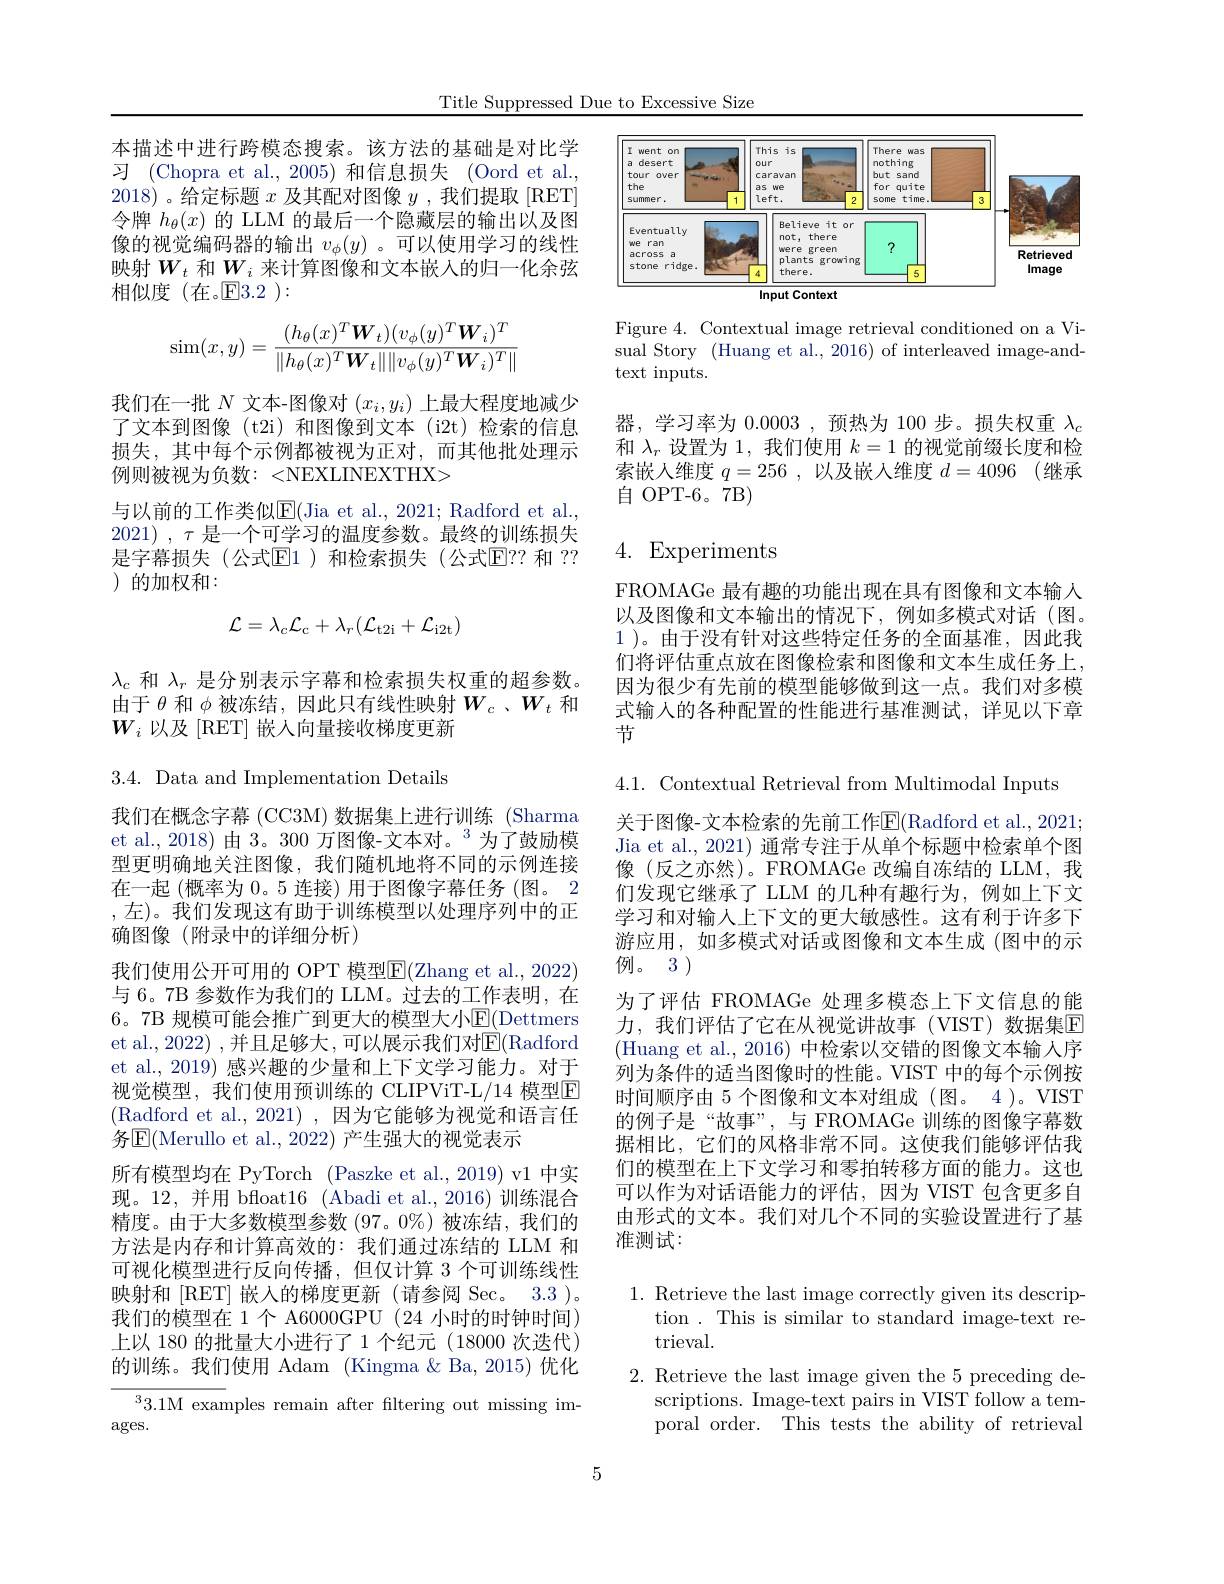
Title Suppressed Due to Excessive Size

本描述中进行跨模态搜索。该方法的基础是对比学习 (Chopra et al., 2005) 和信息损失 (Oord et al., 2018) 。给定标题$x$及其配对图像$y$ ,我们提取 [RET] 令牌$h_\theta(x)$的 LLM 的最后一个隐藏层的输出以及图像的视觉编码器的输出$v_\phi(y)$ 。可以使用学习的线性映射$W_t$和$W_i$来计算图像和文本嵌人的归一化余弦相似度(在。$\mathbb{E}3.2):$
$$\sin(x,y)=\frac{(h_\theta(x)^T\boldsymbol{W}_t)(v_\phi(y)^T\boldsymbol{W}_i)^T}{\|h_\theta(x)^T\boldsymbol{W}_t\|\|v_\phi(y)^T\boldsymbol{W}_i)^T\|}$$
我们在一批$N$文本-图像对$(x_i,y_i)$上最大程度地减少了文本到图像 (t2i)和图像到文本 (i2t)检索的信息损失，其中每个示例都被视为正对，而其他批处理示例则被视为负数：<NEXLINEXTHX>
与以前的工作类似$\mathbb{E}($Jia et al., 2021; Radford et al. 2021) , $\tau$是一个可学习的温度参数。最终的训练损失是字幕损失(公式$\mathbb{E}$1)和检索损失(公式$\mathbb{E}??$ 和 ?? ) 的加权和：
$$\mathcal{L}=\lambda_{c}\mathcal{L}_{\mathrm{c}}+\lambda_{r}(\mathcal{L}_{\mathrm{t2i}}+\mathcal{L}_{\mathrm{i2t}})$$
$\lambda_c$和$\lambda_r$是分别表示字幕和检索损失权重的超参数。由于$\theta$和$\phi$被冻结，因此只有线性映射$W_c$ 、$W_t$和$W_i$以及 [RET] 嵌人向量接收梯度更新

3.4. Data and Implementation Details
我们在概念字幕 (CC3M) 数据集上进行训练 (Sharma et al.,2018) 由 3。300 万图像-文本对。$^{3}$为了鼓励模型更明确地关注图像，我们随机地将不同的示例连接在一起 (概率为0。5 连接) 用于图像字幕任务 (图。2 ,左)。我们发现这有助于训练模型以处理序列中的正确图像(附录中的详细分析)
我们使用公开可用的 OPT 模型$\overline{\mathrm{E}}($Zhang et al., 2022) 与 6。7B 参数作为我们的 LLM。过去的工作表明，在6。7B 规模可能会推广到更大的模型大小$\mathbb{E}($Dettmers et al., 2022) , 并且足够大，可以展示我们对$\overline{\mathbb{E}}($Radford et al., 2019) 感兴趣的少量和上下文学习能力。对于视觉模型，我们使用预训练的 CLIPViT-L/14 模型E (Radford et al.,2021),因为它能够为视觉和语言任务$\mathbb{E}($Merullo et al., 2022) 产生强大的视觉表示
所有模型均在 PyTorch (Paszke et al.,2019) v1 中实现。12,并用 bfloat16 (Abadi et al.,2016)训练混合精度。由于大多数模型参数(97。0%)被冻结，我们的方法是内存和计算高效的：我们通过冻结的 LLM 和可视化模型进行反向传播，但仅计算 3 个可训练线性映射和[RET] 嵌入的梯度更新(请参阅 Sec。3.3)。我们的模型在 1 个 A6000GPU (24 小时的时钟时间) 上以 180 的批量大小进行了 1 个纪元 (18000 次迭代) 的训练。我们使用 Adam (Kingma &Ba,2015)优化
$^33.1$M examples remain after filtering out missing im-

$\operatorname{ages.}$

<FigureHere>

Figure 4. Contextual image retrieval conditioned on a Visual Story (Huang et al., 2016) of interleaved image-andtext inputs.

器，学习率为0.0003 ,预热为 100 步。损失权重$\lambda_c$ 和$\lambda_r$设置为 1, 我们使用$k=1$的视觉前缀长度和检索嵌入维度$q= 256$ ,以及嵌人维度$d= 4096$ (继承自 OPT-6。7B)

# 4. Experiments

FROMAGe 最有趣的功能出现在具有图像和文本输人以及图像和文本输出的情况下，例如多模式对话(图。1 )。由于没有针对这些特定任务的全面基准，因此我们将评估重点放在图像检索和图像和文本生成任务上， 因为很少有先前的模型能够做到这一点。我们对多模式输人的各种配置的性能进行基准测试，详见以下章节

4.1. Contextual Retrieval from Multimodal Inputs

关于图像-文本检索的先前工作$\mathbb{E}($Radford et al., 2021; Jia et al., 2021) 通常专注于从单个标题中检索单个图像(反之亦然)。FROMAGe 改编自冻结的 LLM, 我们发现它继承了 LLM 的几种有趣行为，例如上下文学习和对输人上下文的更大敏感性。这有利于许多下游应用，如多模式对话或图像和文本生成(图中的示例。3)
为了评估 FROMAGe 处理多模态上下文信息的能力，我们评估了它在从视觉讲故事(VIST)数据集E (Huang et al.,2016) 中检索以交错的图像文本输人序列为条件的适当图像时的性能。VIST 中的每个示例按时间顺序由 5 个图像和文本对组成 (图。4 )。VIST 的例子是“故事”,与 FROMAGe 训练的图像字幕数据相比，它们的风格非常不同。这使我们能够评估我们的模型在上下文学习和零拍转移方面的能力。这也可以作为对话语能力的评估，因为 VIST 包含更多自由形式的文本。我们对几个不同的实验设置进行了基准测试：

1. Retrieve the last image correctly given its descrip-
tion . This is similar to standard image-text re-
trieval.
2. Retrieve the last image given the 5 preceding de-
scriptions. Image-text pairs in VIST follow a temporal order. This tests the ability of retrieval

5